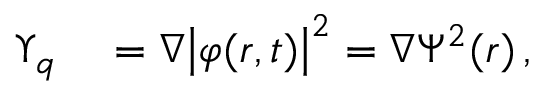
\begin{array} { r l } { \boldsymbol { \Upsilon } _ { q } } & { { } = \boldsymbol { \nabla } { \left| \varphi ( r , t ) \right| } ^ { 2 } = \boldsymbol { \nabla } \Psi ^ { 2 } ( r ) \, , } \end{array}